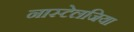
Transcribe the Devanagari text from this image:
नास्टेलजिया